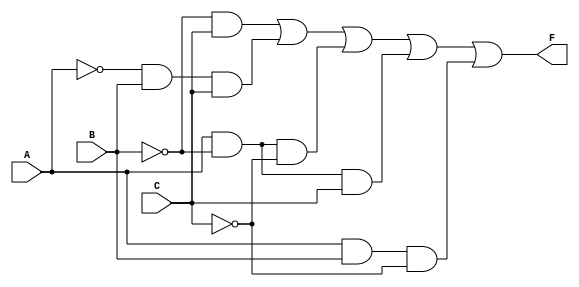
module combinational_logic (
    input wire A,
    input wire B,
    input wire C,
    output wire F
);

// Internal signals for gate outputs
wire notA, notB, notC;
wire term1, term2, term3, term4, term5;

// Inverters
not u1(notA, A);
not u2(notB, B);
not u3(notC, C);

// Product terms
and u4(term1, notB, C);           // B'C
and u5(term2, notA, B, C);        // A'BC
and u6(term3, A, notB, notC);     // AB'C'
and u7(term4, A, notB, C);        // AB'C
and u8(term5, A, B, notC);        // ABC'

// Sum of products
or u9(F, term1, term2, term3, term4, term5); // F = B'C + A'BC + AB'C' + AB'C + ABC'

endmodule